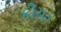
કીચડ